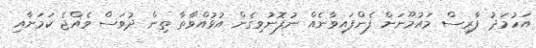
އަހުމަދު ފާރިސް މައުމޫނަށް ފެންފައިވާނެއް ނުފޮނުވިގެން އުޅުއްވާތާ ތިން ދުވަސް ވެއްޖެ ކަމަށާއި